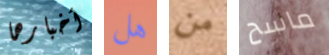
أخبارها هل من ماسح